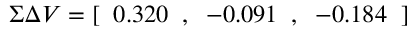
\Sigma \Delta V = [ \; \; 0 . 3 2 0 \; \; , \; \; - 0 . 0 9 1 \; \; , \; \; - 0 . 1 8 4 \; \; ]